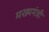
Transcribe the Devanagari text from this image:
मख्यमंत्री